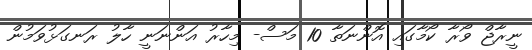
ނީރާޖް ވޯރާ ކޯމާގައި އޮންނަތާ 10 މަސް- މިހާރު އަންނަނީ ހާލު ރަނގަޅުވަމުން